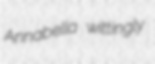
Annabella wittingly